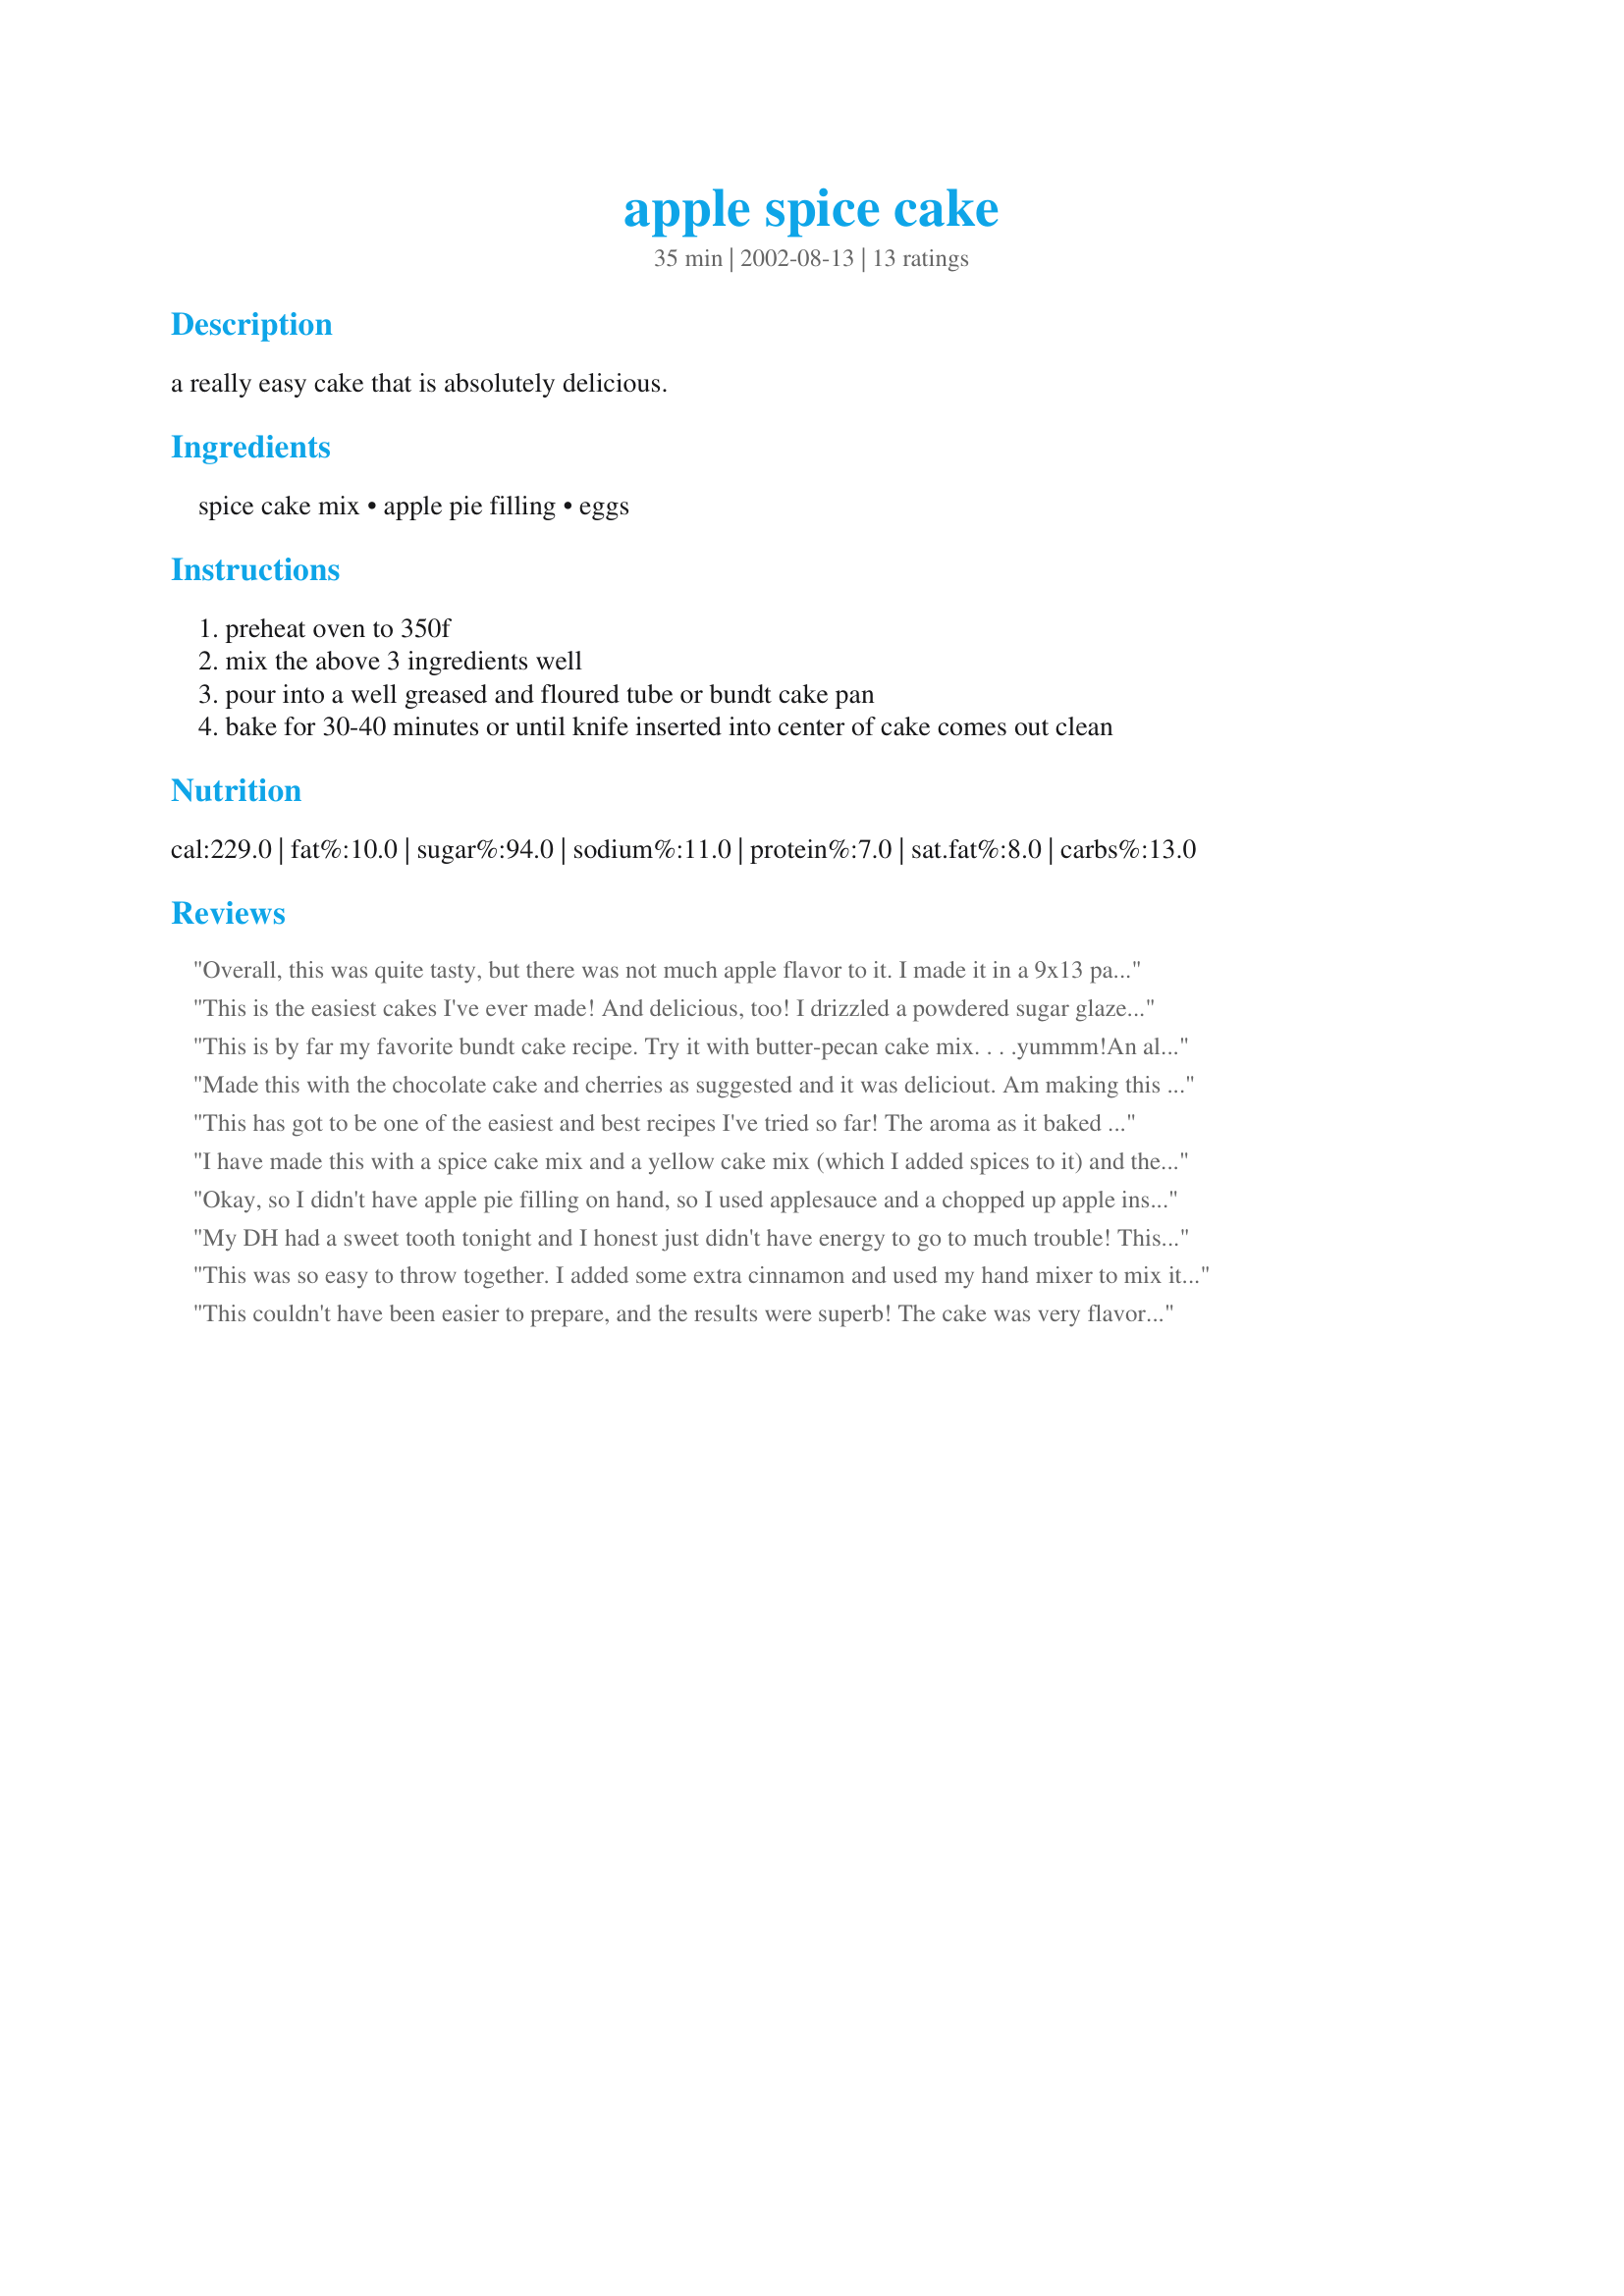
apple spice cake
Preparation time: 35 minutes

a really easy cake that is absolutely delicious.

Ingredients:
spice cake mix, apple pie filling, eggs

Steps:
preheat oven to 350f
mix the above 3 ingredients well
pour into a well greased and floured tube or bundt cake pan
bake for 30-40 minutes or until knife inserted into center of cake comes out clean

Reviews:
Overall, this was quite tasty, but there was not much apple flavor to it. I made it in a 9x13 pan and it took 45 minutes to bake. I used caramel frosting to top it. My husband enjoyed it too, thanks for a quick and easy recipe!
This is the easiest cakes I've ever made! And delicious, too! I drizzled a powdered sugar glaze that I added caramel flavoring to, on top......very good! I know I'll be making this again! Thanks !
This is by far my favorite bundt cake recipe. Try it with butter-pecan cake mix. . . .yummm!An alternative is dark chocolate cake mix, cherry pie filling. Serve this with cool whip and cherries.
Made this with the chocolate cake and cherries as suggested and it was deliciout. Am making this for the second time tonight. It was a big hit! Can only imagine all the possibilities. Thanks for a great recipe.
This has got to be one of the easiest and best recipes I've tried so far! The aroma as it baked was fantastic and the taste is so yummy. If you're looking for an easy, fast dessert...then this is it. I'm sure I'll make this one often.
I have made this with a spice cake mix and a yellow cake mix (which I added spices to it) and they both turned out delish and so moist. Thanks for a great easy recipe that is always well-received.
Okay, so I didn't have apple pie filling on hand, so I used applesauce and a chopped up apple instead, but it still turned out really well. (I imagine it was just a little less sweet than the pie filling version.) My family finished the whole cake off pretty quickly...
My DH had a sweet tooth tonight and I honest just didn't have energy to go to much trouble! This cake was just right! Simple, and no hard to pull together! The end result was terrific! I used a caramel sauce from another recipe with added that little bit of extra "special" flavor. Thank you for the post!
This was so easy to throw together. I added some extra cinnamon and used my hand mixer to mix it for about 2 minutes on a lower speed. Baked up nice and high in 40 minutes. I thought the flavor was very good, and it was very moist, but something about the texture wasn't quite my favorite. Still, it disappeared quickly adn i'll definitely make it again when i need a fast prep and tasty dessert.
This couldn't have been easier to prepare, and the results were superb! The cake was very flavorful and moist, and everyone enjoyed it!
I didn't have a box of spice cake mix, so I substituted a box of yellow cake mix, as suggested by another reviewer. I added two teaspoons of cinnamon, 1 teaspoon of ginger, and 1/2 a teaspoon of ground cloves. 
I'm going to keep this recipe on hand for those busy days! Thanks, Marie W - this was a hit!
I have to admit - I was skeptical about this recipe but it turned out fantastic! Super easy and very moist. I used the butter pecan mix but will try the spice one next time. Thanks!
Very easy and very moist. Hubby and I both loved it. Thanks for posting.
This has got to be the easiest cake ever!! Smells wonderful cooking and tastes just as wonderful. Thanks for a great recipe.
